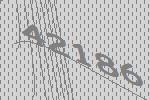
42186